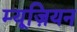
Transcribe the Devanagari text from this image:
म्यूज़ियन